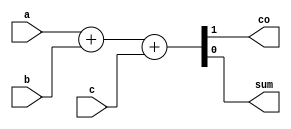
module fa (input a , input b , input c, output co , output sum);
	assign {co,sum}  = a + b + c ;
endmodule